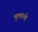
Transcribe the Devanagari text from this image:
मुलतत्वे